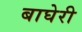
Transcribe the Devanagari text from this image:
बाघेरी